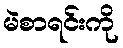
မဲစာရင်းကို